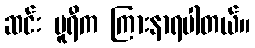
ဆင်း ပူရီက ကြားနာရပါတယ်။